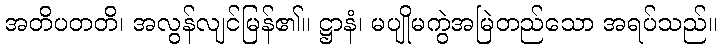
အတိပတတိ၊ အလွန်လျင်မြန်၏။ ဋ္ဌာနံ၊ မပျိုမကွဲအမြဲတည်သော အရပ်သည်။